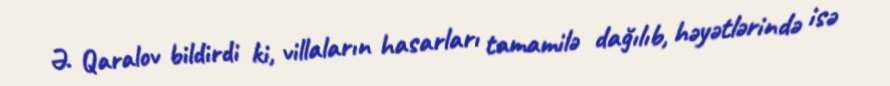
Ə. Qaralov bildirdi ki, villaların hasarları tamamilə dağılıb, həyətlərində isə